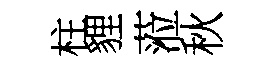
柱貍蒞秋